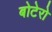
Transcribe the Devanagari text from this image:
बोटेरो